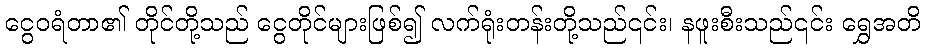
ငွေဝရံတာ၏ တိုင်တို့သည် ငွေတိုင်များဖြစ်၍ လက်ရုံးတန်းတို့သည်၎င်း၊ နဖူးစီးသည်၎င်း ရွှေအတိ